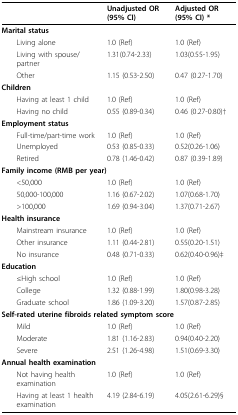
<table><thead><tr><td></td><td><b>Unadjusted OR (95% CI)</b></td><td><b>Adjusted OR (95% CI) *</b></td></tr></thead><tbody><tr><td colspan="3"><b>Marital status</b></td></tr><tr><td> Living alone</td><td>1.0 (Ref)</td><td>1.0 (Ref)</td></tr><tr><td> Living with spouse/partner</td><td>1.31(0.74-2.33)</td><td>1.03(0.55-1.95)</td></tr><tr><td> Other</td><td>1.15 (0.53-2.50)</td><td>0.47 (0.27-1.70)</td></tr><tr><td colspan="3"><b>Children</b></td></tr><tr><td> Having at least 1 child</td><td>1.0 (Ref)</td><td>1.0 (Ref)</td></tr><tr><td> Having no child</td><td>0.55 (0.89-0.34)</td><td>0.46 (0.27-0.80)†</td></tr><tr><td colspan="3"><b>Employment status</b></td></tr><tr><td> Full-time/part-time work</td><td>1.0 (Ref)</td><td>1.0 (Ref)</td></tr><tr><td> Unemployed</td><td>0.53 (0.85-0.33)</td><td>0.52(0.26-1.06)</td></tr><tr><td> Retired</td><td>0.78 (1.46-0.42)</td><td>0.87 (0.39-1.89)</td></tr><tr><td colspan="3"><b>Family income (RMB per year)</b></td></tr><tr><td> &lt;50,000</td><td>1.0 (Ref)</td><td>1.0 (Ref)</td></tr><tr><td> 50,000-100,000</td><td>1.16 (0.67-2.02)</td><td>1.07(0.68-1.70)</td></tr><tr><td> &gt;100,000</td><td>1.69 (0.94-3.04)</td><td>1.37(0.71-2.67)</td></tr><tr><td colspan="3"><b>Health insurance</b></td></tr><tr><td> Mainstream insurance</td><td>1.0 (Ref)</td><td>1.0 (Ref)</td></tr><tr><td> Other insurance</td><td>1.11 (0.44-2.81)</td><td>0.55(0.20-1.51)</td></tr><tr><td> No insurance</td><td>0.48 (0.71-0.33)</td><td>0.62(0.40-0.96)‡</td></tr><tr><td colspan="3"><b>Education</b></td></tr><tr><td> ≤High school</td><td>1.0 (Ref)</td><td>1.0 (Ref)</td></tr><tr><td> College</td><td>1.32 (0.88-1.99)</td><td>1.80(0.98-3.28)</td></tr><tr><td> Graduate school</td><td>1.86 (1.09-3.20)</td><td>1.57(0.87-2.85)</td></tr><tr><td colspan="3"><b>Self-rated uterine fibroids related symptom score</b></td></tr><tr><td> Mild</td><td>1.0 (Ref)</td><td>1.0 (Ref)</td></tr><tr><td> Moderate</td><td>1.81 (1.16-2.83)</td><td>0.94(0.40-2.20)</td></tr><tr><td> Severe</td><td>2.51 (1.26-4.98)</td><td>1.51(0.69-3.30)</td></tr><tr><td colspan="3"><b>Annual health examination</b></td></tr><tr><td> Not having health examination</td><td>1.0 (Ref)</td><td>1.0 (Ref)</td></tr><tr><td> Having at least 1 health examination</td><td>4.19 (2.84-6.19)</td><td>4.05(2.61-6.29)§</td></tr></tbody></table>